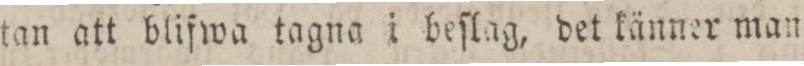
tan att blifwa tagna i beſlag, det känner man